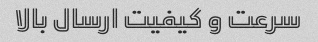
سرعت و کیفیت ارسال بالا